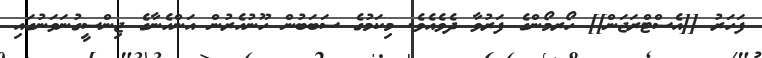
ފަހަރު [[އެސްޓްރަޖަން]] ހޯރމޯންގެ ފަރުވާ ދެވެއެވެ. މިކަމުގެ ސަބަބުން ހޫނުއެރުން އަންހެނާގެ ޖިންސީގުނަވަނުގައި